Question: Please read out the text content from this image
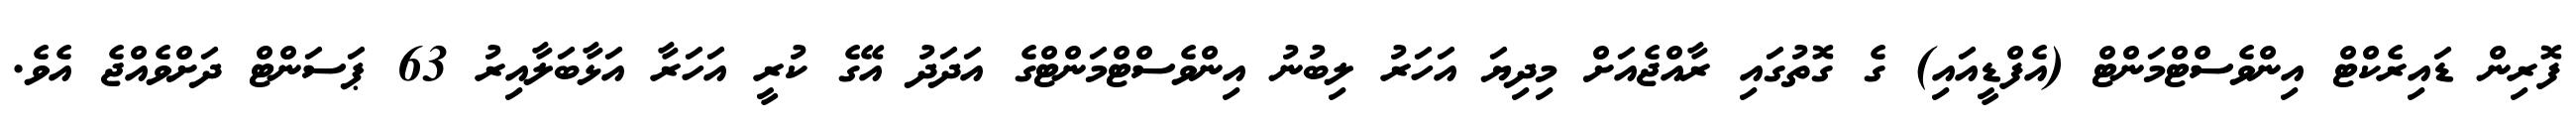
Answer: ފޮރިން ޑައިރެކްޓް އިންވެސްޓްމަންޓް (އެފްޑީއައި) ގެ ގޮތުގައި ރާއްޖެއަށް މިދިޔަ އަހަރު ލިބުނު އިންވެސްޓްމަންޓްގެ އަދަދު އޭގެ ކުރީ އަހަރާ އަޅާބަލާއިރު 63 ޕަސަންޓް ދަށްވެއްޖެ އެވެ.